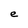
Character: e